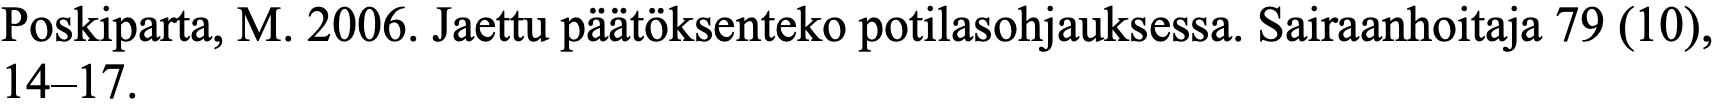
Poskiparta, M. 2006. Jaettu päätöksenteko potilasohjauksessa. Sairaanhoitaja 79 (10), 14–17.